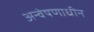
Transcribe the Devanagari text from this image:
अन्वेषणाधीन